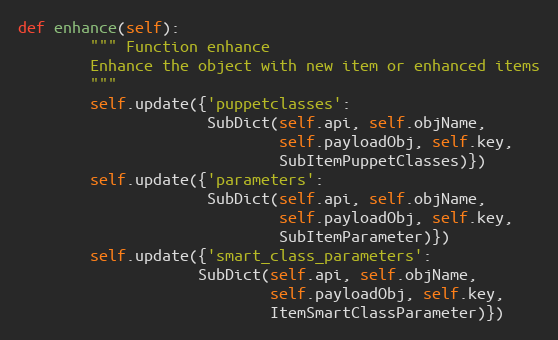
Language: Python
def enhance(self):
        """ Function enhance
        Enhance the object with new item or enhanced items
        """
        self.update({'puppetclasses':
                     SubDict(self.api, self.objName,
                             self.payloadObj, self.key,
                             SubItemPuppetClasses)})
        self.update({'parameters':
                     SubDict(self.api, self.objName,
                             self.payloadObj, self.key,
                             SubItemParameter)})
        self.update({'smart_class_parameters':
                    SubDict(self.api, self.objName,
                            self.payloadObj, self.key,
                            ItemSmartClassParameter)})